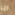
امر